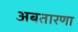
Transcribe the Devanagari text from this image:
अबतारणा